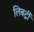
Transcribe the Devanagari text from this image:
लिबर्ट्री